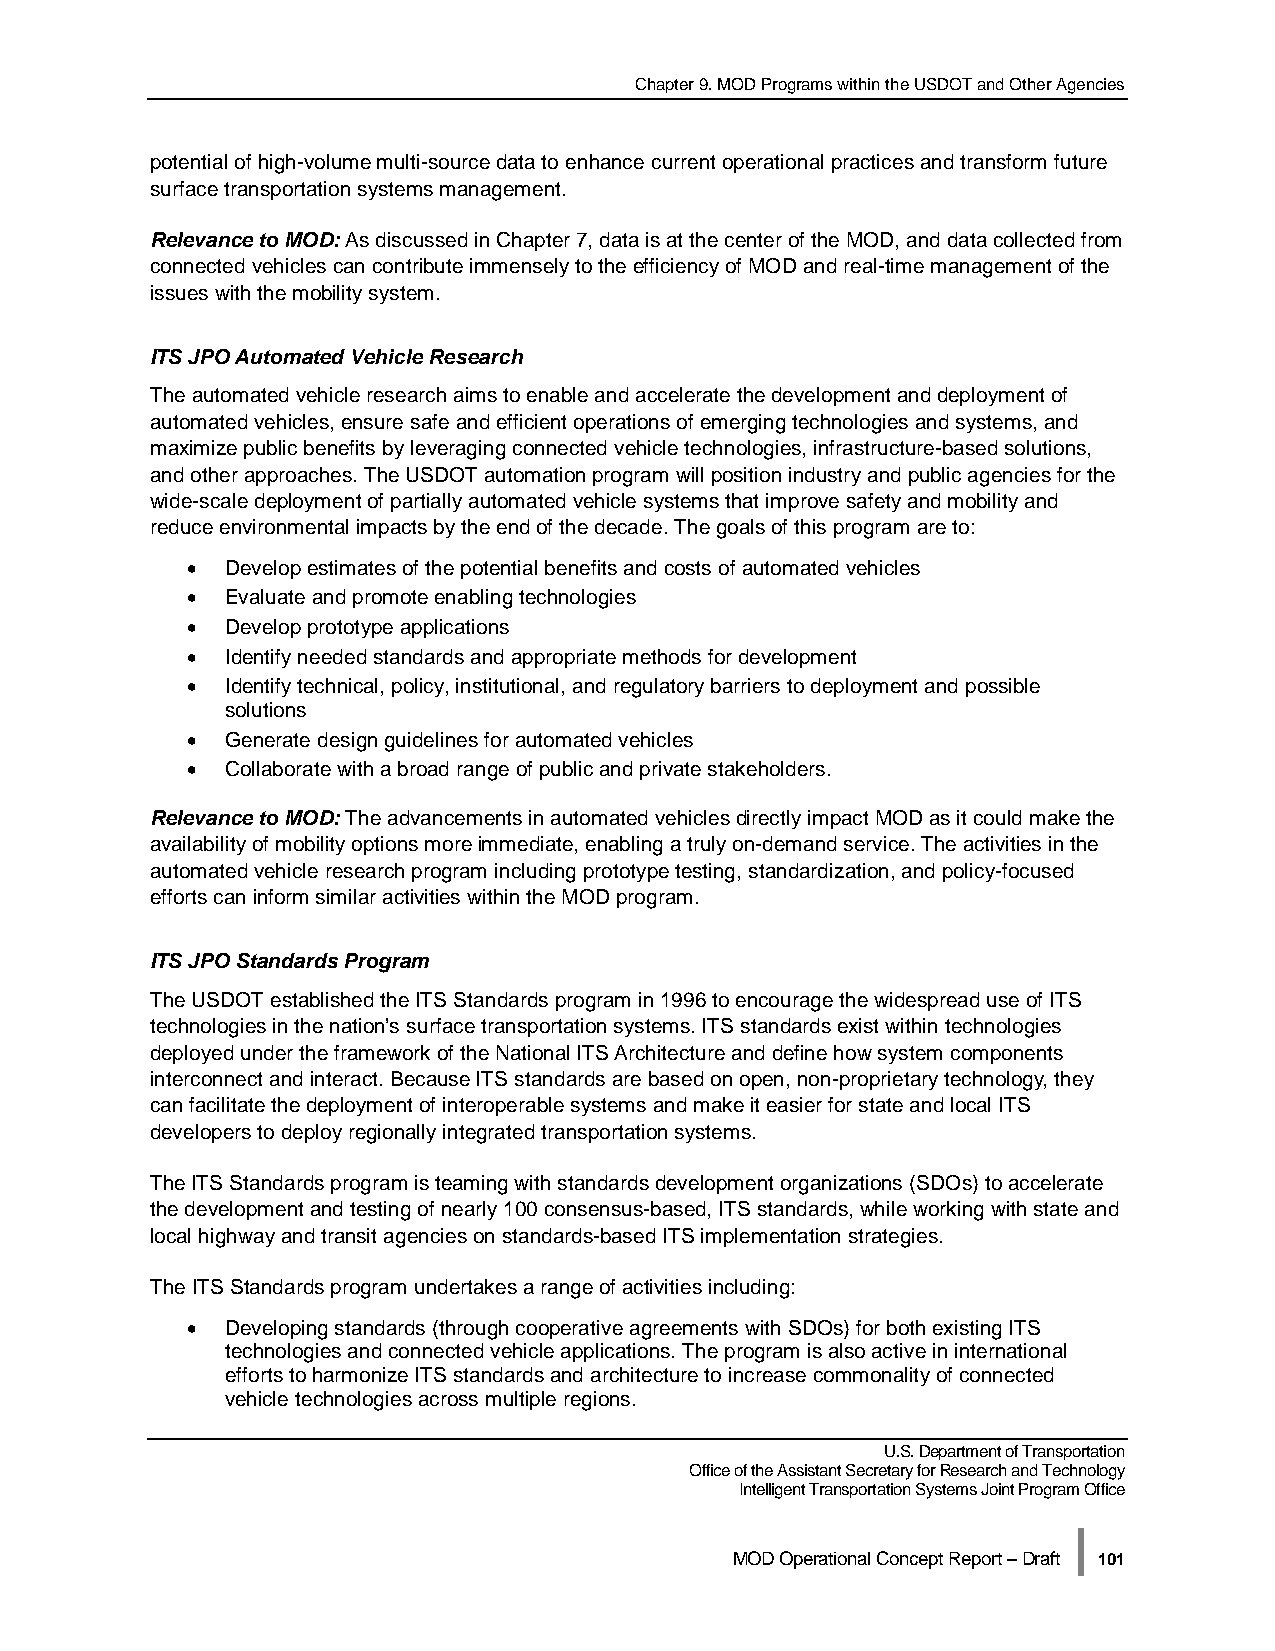
Chapter 9. MOD Programs within the USDOT and Other Agencies
 potential of high-volume multi-source data to enhance current operational practices and transform future
 surface transportation systems management.
 Relevance to MOD: As discussed in Chapter 7, data is at the center of the MOD, and data collected from
 connected vehicles can contribute immensely to the efficiency of MOD and real-time management of the
 issues with the mobility system.
 ITS JPO Automated Vehicle Research
 The automated vehicle research aims to enable and accelerate the development and deployment of
 automated vehicles, ensure safe and efficient operations of emerging technologies and systems, and
 maximize public benefits by leveraging connected vehicle technologies, infrastructure-based solutions,
 and other approaches. The USDOT automation program will position industry and public agencies for the
 wide-scale deployment of partially automated vehicle systems that improve safety and mobility and
 reduce environmental impacts by the end of the decade. The goals of this program are to:
 •  Develop estimates of the potential benefits and costs of automated vehicles
 •  Evaluate and promote enabling technologies
 •  Develop prototype applications
 •  Identify needed standards and appropriate methods for development
 •  Identify technical, policy, institutional, and regulatory barriers to deployment and possible
 solutions
 •  Generate design guidelines for automated vehicles
 •  Collaborate with a broad range of public and private stakeholders.
 Relevance to MOD: The advancements in automated vehicles directly impact MOD as it could make the
 availability of mobility options more immediate, enabling a truly on-demand service. The activities in the
 automated vehicle research program including prototype testing, standardization, and policy-focused
 efforts can inform similar activities within the MOD program.
 ITS JPO Standards Program
 The USDOT established the ITS Standards program in 1996 to encourage the widespread use of ITS
 technologies in the nation’s surface transportation systems. ITS standards exist within technologies
 deployed under the framework of the National ITS Architecture and define how system components
 interconnect and interact. Because ITS standards are based on open, non-proprietary technology, they
 can facilitate the deployment of interoperable systems and make it easier for state and local ITS
 developers to deploy regionally integrated transportation systems.
 The ITS Standards program is teaming with standards development organizations (SDOs) to accelerate
 the development and testing of nearly 100 consensus-based, ITS standards, while working with state and
 local highway and transit agencies on standards-based ITS implementation strategies.
 The ITS Standards program undertakes a range of activities including:
 •  Developing standards (through cooperative agreements with SDOs) for both existing ITS
 technologies and connected vehicle applications. The program is also active in international
 efforts to harmonize ITS standards and architecture to increase commonality of connected
 vehicle technologies across multiple regions.
 U.S. Department of Transportation
 Office of the Assistant Secretary for Research and Technology
 Intelligent Transportation Systems Joint Program Office
 |
 MOD Operational Concept Report – Draft 101